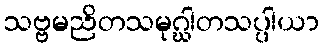
သဗ္ဗမညိတသမုဂ္ဃါတသပ္ပါယာ